Annual statistical returns and brief notes on vaccination in Bengal - 1887-1898
Year: 1887
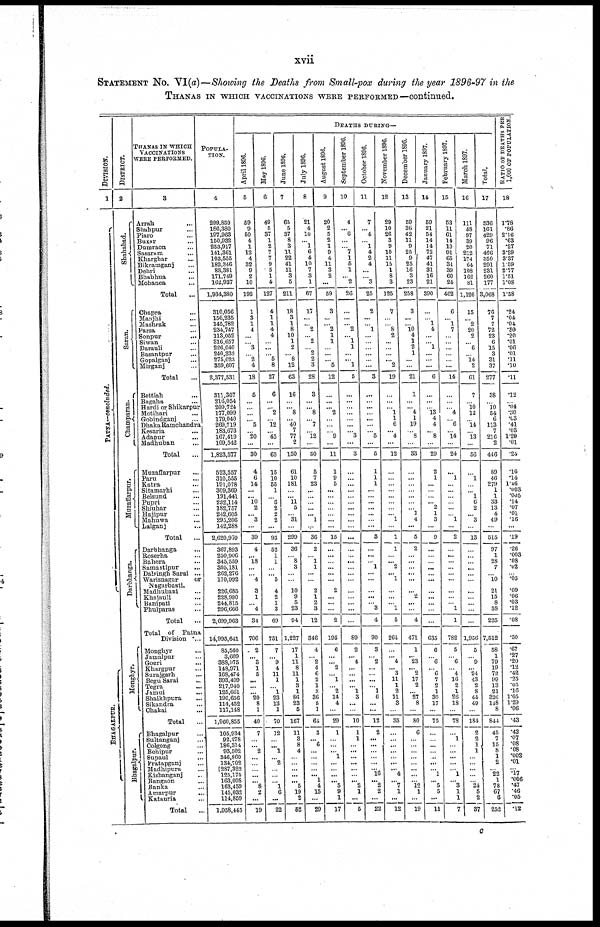
xvii
STATEMENT NO. VI(a)—Showing the Deaths from Small-pox during the year 1896-97 in the
THANAS IN WHICH VACCINATIONS WERE PERFORMED—continued.
DIVISION.
1
PATNA—concluded.
BHAGALPUR.
DISTRICT.
2
Shahabad.
Saran.
Champaran.
Muzaffarpur.
Darbhanga.
Monghyr.
Bhagalpur.
THANAS IN WHICH
VACCINATIONS
WERE PERFORMED.
3
Arrah ...
Shahpur ...
Piaro ...
Buxar ...
Dumraon ...
Sasaram ...
Kharghar ...
Bikramganj ...
Dehri ...
Bhabhua ...
Mohanea ...
Total ...
Chapra ...
Manjhi ...
Mashrak ...
Parsa ...
Sonpur ...
Siwan ...
Darauli ...
Basantpur ...
Gopalganj ...
Mirganj ...
Total ...
Bettiah ...
Bagaha ...
Hardi or Shikarpur
Motihari ...
Gobindganj ...
Dhaka Ramchandra
Kesaria
...
Adapur ...
Madhuban ...
Total ...
Muzaffarpur ...
Paru ...
Katra ...
Sitamarhi ...
Belsund ...
Pupri ...
Shiuhar ...
Hajipur ...
Mahuwa ...
Lalganj ...
Total ...
Darbbanga ...
Roserha ...
Babora ...
Samastipur ...
Dalsingh Sarai ...
Warisnagar
or
Nagurbasti.
Madhubani ...
Khajauli ...
Banipati ...
Phulparas ...
Total
...
Total of Patna
Division
...
Monghyr ...
Jamalpur ...
Gogri ...
Khargpur ...
Surajgarh ...
Begu Sarai ...
Tegra ...
Jamui
...
Shaikhpura ...
Sikandra ...
Chakai ...
Total ...
Bhagalpur ...
Sultanganj ...
Colgong ...
Behipur ...
Supaul ...
Pratapganj ...
Madhipura ...
Kishanganj ...
Bangaon ...
Banka ...
Amarpur
...
Katauria ...
Total
...
POPULA-
----.
4
299,859
186,380
197,963
150,932
253,917
141,361
103,555
183,346
83,381
171,749
162,937
1,934,380
310,056
156,235
145,782
234,747
113,052
316,657
226,040
240,332
275,023
359,607
2,377,531
311,307
216,054
209,724
177,099
179,040
269,719
183,673
167,419
109,542
1,823,577
523,557
310,555
191,078
309,369
191,441
232,114
182,757
242,605
295,206
142,288
2,620,970
367,893
250,906
345,559
305,181
262,276
170,992
226,685
228,990
244,815
296,666
2,699,963
14,995,641
85,560
3,609
388,975
148,971
168,474
393,409
217,940
125,661
196,656
114,452
117,148
1,960,855
105,934
92,278
186,314
93,502
346,860
134,702
287,322
125,175
163,008
163,459
145,032
114,859
1,958,445
DEATHS DURING—
April 1896.
5
59
9
50
4
1
12
4
32
9
9
10
192
1
3
1
4
...
... 3
...
2
4
18
5
...
...
...
... 5
...
20
...
30
4
6
14
...
... 10
2
... 3
...
39
4
... 18
...
...
4
3
1
...
4
34
706
2
... 3
1
5
...
...
...
20
8
1
40
7
...
... 2
...
...
...
...
... 8
2
...
19
May 1896.
6
49
5
37
1
2
7
7
9
5
1
4
127
4
1
1
4
4
...
...
...
5
8
27
6
...
...
2
...
12
...
43
...
63
15
10
55
1
...
6
2
2
2
...
93
52
1
1
...
... 5
4
2
1
3
69
751
7
...
9
4
11
1
...
1
23
13
1
70
12
...
... 1
... 2
...
...
...
1
6
...
22
June 1896.
7
65
5
37
8
3
11
22
41
11
3
5
211
18
3
1
8
10
1
2
...
8
12
63
16
...
...
8
... 40
7
77
2
150
61
10
181
...
...
11
5
...
31
...
299
36
...
8
3
...
...
10
9
5
23
94
1,227
17
1
11
8
11
1
3
1
86
23
5
167
11
3
8
4
...
...
...
...
... 5
19
2
52
July 1896.
8
21
4
10
...
1
6
4
10
7
3
1
67
17
...
... 2
... 2
...
2
2
3
28
3
...
...
8
...
7
...
12
...
30
5
7
23
...
...
...
...
... 1
...
36
2
...
1
1
...
...
2
1
2
3
12
346
4
...
2
4
6
2
1
3
36
5
1
64
3
... 6
...
...
...
...
... 1
4
15
...
29
August 1896.
9
20
2
5
2
1
9
4
11
3
2
...
59
3
...
... 2
1
1
...
...
... 5
12
...
...
...
2
...
...
...
9
...
11
1
9
5
...
...
...
...
...
...
...
15
...
...
...
...
...
...
2
...
...
...
2
195
6
...
... 2
...
1
...
2
14
4
...
29
1
...
...
... 1
...
...
...
... 5
9
1
17
September 1896.
10
4
... 6
...
...
7
1
5
1
...
2
26
...
...
...
2
... 1
1
...
... 1
5
...
...
...
...
...
...
... 3
...
3
...
...
...
...
...
...
...
...
...
...
...
...
...
...
...
...
...
...
...
...
...
...
89
2
... 4
...
...
...
... 1
3
...
...
10
1
1
...
...
...
...
...
...
... 2
1
...
5
October 1896.
11
7
...
4
...
1
4
2
4
...
...
3
25
2
...
...
1
...
...
...
...
...
...
3
...
...
...
...
...
...
...
5
...
5
1
1
1
...
...
...
...
...
...
...
3
...
...
...
1
...
...
...
...
...
3
4
90
3
...
2
...
...
...
...
1
6
...
...
12
2
...
...
...
...
...
... 16
... 2
2
...
22
November 1896.
12
29
10
26
3
9
10
11
15
1
8
3
125
7
...
...
8
2
...
...
...
... 2
19
...
...
... 1
1
6
... 4
...
12
...
...
...
...
...
...
...
...
1
...
1
1
...
... 2
... 1
...
...
... 1
5
264
...
... 4
... 3
11
1
2
11
3
...
35
...
...
...
...
...
...
... 4
...
7
1
...
12
December 1896.
13
59
36
42
11
9
25
9
25
16
3
23
258
3
...
... 10
4
1
2
1
...
...
21
1
...
... 4
1
19
...
8
...
33
...
...
...
...
...
...
...
1
4
...
5
2
...
...
...
...
...
... 2
...
...
4
471
1
... 23
... 2
17
2
...
27
8
...
80
6
...
...
...
...
...
...
...
...
12
1
...
19
January 1897.
14
59
21
54
14
14
72
47
41
31
16
21
390
...
...
1
4
...
...
1
...
...
...
6
...
...
...
13
4
4
...
8
...
29
2
1
...
...
...
... 2
1
3
...
9
...
...
...
...
...
...
...
...
...
...
...
635
6
...
6
...
6
7
2
1
30
17
...
75
...
...
...
...
...
...
... 1
... 5
5
...
11
February 1897.
15
53
11
61
14
10
91
65
34
39
60
24
462
6
... 1
7
...
...
...
...
...
...
14
...
...
...
4
...
6
...
14
...
24
...
1
...
...
...
...
...
...
1
...
2
...
...
...
...
...
...
...
...
...
1
1
782
5
...
6
...
4
16
2
1
26
18
...
78
...
1
...
...
...
...
...
1
...
3
1
1
7
March 1897.
16
111
58
97
39
20
212
174
64
108
162
81
1,126
15
...
2
20
2
...
6
...
14
2
61
7
...
10
12
...
14
...
13
...
56
...
1
...
...
1
6
2
...
3
...
13
...
...
...
...
...
...
...
...
...
...
...
1,956
5
...
9
... 24
43
2
8
44
49
...
184
2
2
1
1
...
...
...
...
...
24
5
2
37
Total.
17
536
161
429
96
71
466
350
291
231
260
177
3,068
76
7
7
72
23
6
15
3
31
37
277
38
...
10
54
6
113
7
216
2
446
89
46
279
1
1
33
13
4
49
...
515
97
1
28
7
...
10
21
15
8
38
225
7,512
58
1
79
19
72
99
13
21
326
118
8
844
45
7
15
8
1
2
...
22
1
78
67
6
252
RATIO OF DEATHS PER
1,000 OF POPULATION.
18
1.78
.86
2.16
.63
.27
3.29
3.37
1.59
2.77
1.51
1.08
1.58
.24
.04
.04
.30 .20
.01
.06
.01
.11
.10
.11
.12
...
.04
.30
.03
.41
.03
1.29
.01
.24
.16
.14
1.46
.003
.005
.14
.07
.01
.16
...
.19
.26
.003
.08
.02
...
.05
.09
.06
.03
.12
.08
.50
.67
.27
.20
.12
.42
.25
.05
.16
1.65
1.29
.06
.43
.42
.07
.08
.08
.002
.01
...
.17
.006
.47
.46
.05
.12
c